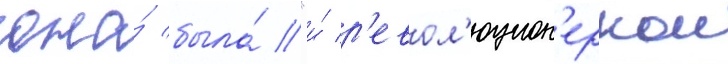
она́ была́ "и́ р'евол'юцион'еркои